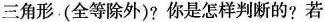
三角形(全等除外)?你是怎样判断的?若